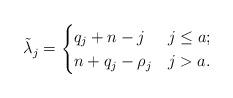
LaTeX: \begin{align*} \tilde\lambda_j = \begin{cases} q_j+n-j &j\leq a; \\ n+q_j-\rho_j & j> a . \end{cases}\end{align*}